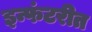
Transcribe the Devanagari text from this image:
इन्फंटरीत